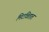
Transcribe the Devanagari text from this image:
मिटवितात